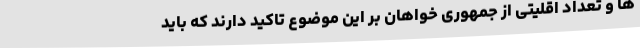
ها و تعداد اقلیتی از جمهوری خواهان بر این موضوع تاکید دارند که باید